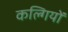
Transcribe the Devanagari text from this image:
कल्गियों